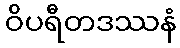
ဝိပရီတဒဿနံ